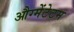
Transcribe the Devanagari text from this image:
औग्मेंटेटम